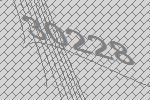
30228